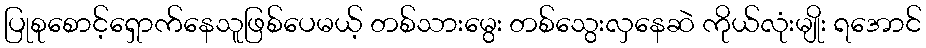
ပြုစုစောင့်ရှောက်နေသူဖြစ်ပေမယ့် တစ်သားမွေး တစ်သွေးလှနေဆဲ ကိုယ်လုံးမျိုး ရအောင်